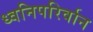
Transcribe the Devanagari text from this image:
ध्वनिपरिर्वान